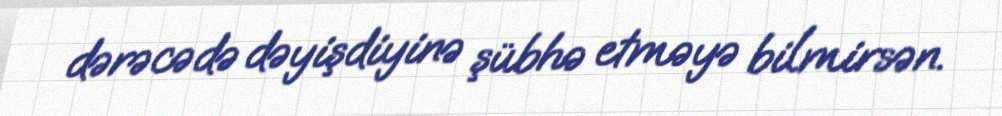
dərəcədə dəyişdiyinə şübhə etməyə bilmirsən.